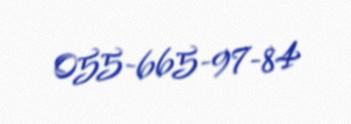
055-665-97-84